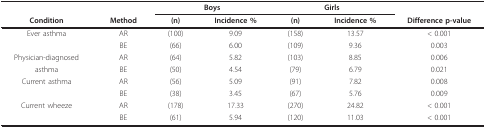
|  |  | <COLSPAN=2> Boys | <COLSPAN=2> Girls |  |
 | Condition | Method | (n) | Incidence % | (n) | Incidence % | Difference p-value |
 | --- | --- | --- | --- | --- | --- | --- |
 | Ever asthma | AR | (100) | 9.09 | (158) | 13.57 | < 0.001 |
 |  | BE | (66) | 6.00 | (109) | 9.36 | 0.003 |
 | Physician-diagnosed | AR | (64) | 5.82 | (103) | 8.85 | 0.006 |
 | asthma | BE | (50) | 4.54 | (79) | 6.79 | 0.021 |
 | Current asthma | AR | (56) | 5.09 | (91) | 7.82 | 0.008 |
 |  | BE | (38) | 3.45 | (67) | 5.76 | 0.009 |
 | Current wheeze | AR | (178) | 17.33 | (270) | 24.82 | < 0.001 |
 |  | BE | (61) | 5.94 | (120) | 11.03 | < 0.001 |